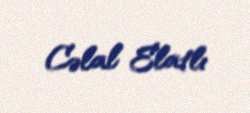
Cəlal Elatlı